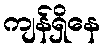
ကျန်ရှိနေ